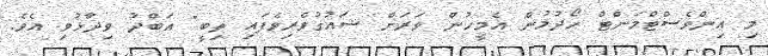
މި އިންވެސްޓްމަންޓް ހޯދުމުން އެމީހުން ވަރަށް ޝައުގުވެރިވެފައި ތިބީ" އަބްދު ވިދާޅުވި އެވެ.